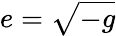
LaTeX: e=\sqrt{-g}